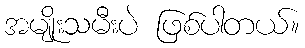
အမျိုးသမီးပဲ ဖြစ်ပါတယ်။